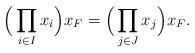
LaTeX: \begin{align*}\Big( \prod_{i \in I} x_i\Big) x_F=\Big( \prod_{j \in J} x_j\Big) x_F.\end{align*}